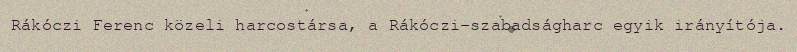
Rákóczi Ferenc közeli harcostársa, a Rákóczi-szabadságharc egyik irányítója.